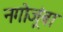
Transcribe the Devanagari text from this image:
नगोजूंबा